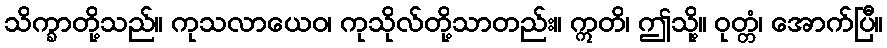
သိက္ခာတို့သည်။ ကုသလာယေဝ၊ ကုသိုလ်တို့သာတည်း။ ဣတိ၊ ဤသို့။ ဝုတ္တံ၊ အောက်ပြီ။